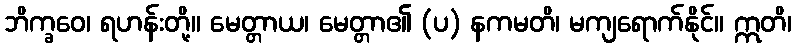
ဘိက္ခဝေ၊ ရဟန်းတို့။ မေတ္တာယ၊ မေတ္တာ၏ (ပ) နကမတိ၊ မကျရောက်နိုင်။ ဣတိ၊